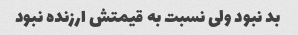
بد نبود ولی نسبت به قیمتش ارزنده نبود